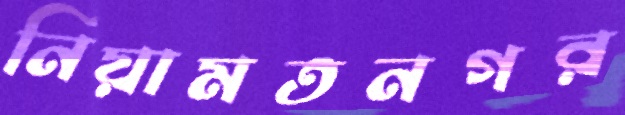
নিয়ামতনগর